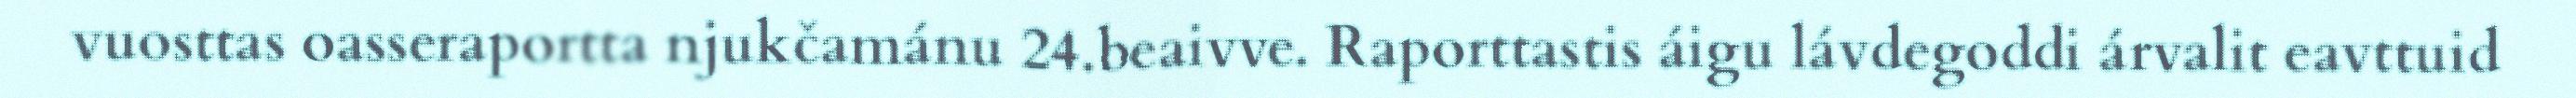
vuosttas oasseraportta njukčamánu 24.beaivve. Raporttastis áigu lávdegoddi árvalit eavttuid